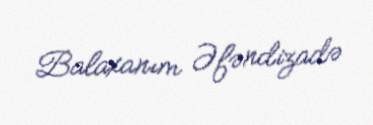
Balaxanım Əfəndizadə